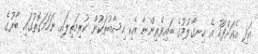
އަދި އެއަށްފަހު އެ ހިނގާލުމުގެ ބައިވެރިންނާ އެކި ހިސާބުތަކުން ކުރިމަތިލައި ނަހަމަގޮތުގައި ބާރުގެ